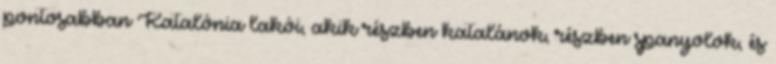
pontosabban Katalónia lakói, akik részben katalánok, részben spanyolok, és